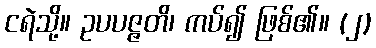
ငရဲသို့။ ဥပပဇ္ဇတိ၊ ကပ်၍ ဖြစ်၏။ (၂)